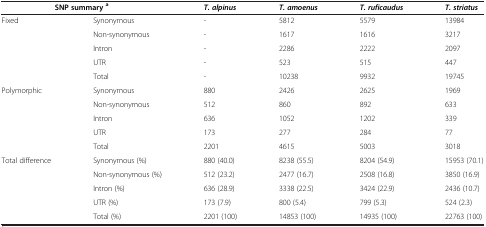
<table><thead><tr><td colspan="2"><b>SNP summary<sup>a</sup></b></td><td><b><i>T. alpinus</i></b></td><td><b><i>T. amoenus</i></b></td><td><b><i>T. ruficaudus</i></b></td><td><b><i>T. striatus</i></b></td></tr></thead><tbody><tr><td rowspan="5">Fixed</td><td>Synonymous</td><td>-</td><td>5812</td><td>5579</td><td>13984</td></tr><tr><td>Non-synonymous</td><td>-</td><td>1617</td><td>1616</td><td>3217</td></tr><tr><td>Intron</td><td>-</td><td>2286</td><td>2222</td><td>2097</td></tr><tr><td>UTR</td><td>-</td><td>523</td><td>515</td><td>447</td></tr><tr><td>Total</td><td>-</td><td>10238</td><td>9932</td><td>19745</td></tr><tr><td rowspan="5">Polymorphic</td><td>Synonymous</td><td>880</td><td>2426</td><td>2625</td><td>1969</td></tr><tr><td>Non-synonymous</td><td>512</td><td>860</td><td>892</td><td>633</td></tr><tr><td>Intron</td><td>636</td><td>1052</td><td>1202</td><td>339</td></tr><tr><td>UTR</td><td>173</td><td>277</td><td>284</td><td>77</td></tr><tr><td>Total</td><td>2201</td><td>4615</td><td>5003</td><td>3018</td></tr><tr><td rowspan="2">Total difference</td><td>Synonymous (%)</td><td>880 (40.0)</td><td>8238 (55.5)</td><td>8204 (54.9)</td><td>15953 (70.1)</td></tr><tr><td>Non-synonymous (%)</td><td>512 (23.2)</td><td>2477 (16.7)</td><td>2508 (16.8)</td><td>3850 (16.9)</td></tr><tr><td> </td><td>Intron (%)</td><td>636 (28.9)</td><td>3338 (22.5)</td><td>3424 (22.9)</td><td>2436 (10.7)</td></tr><tr><td> </td><td>UTR (%)</td><td>173 (7.9)</td><td>800 (5.4)</td><td>799 (5.3)</td><td>524 (2.3)</td></tr><tr><td> </td><td>Total (%)</td><td>2201 (100)</td><td>14853 (100)</td><td>14935 (100)</td><td>22763 (100)</td></tr></tbody></table>